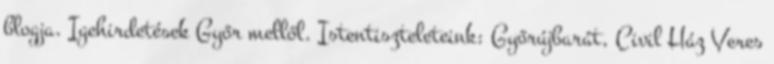
blogja. Igehirdetések Győr mellől. Istentiszteleteink: Győrújbarát, Civil Ház Veres